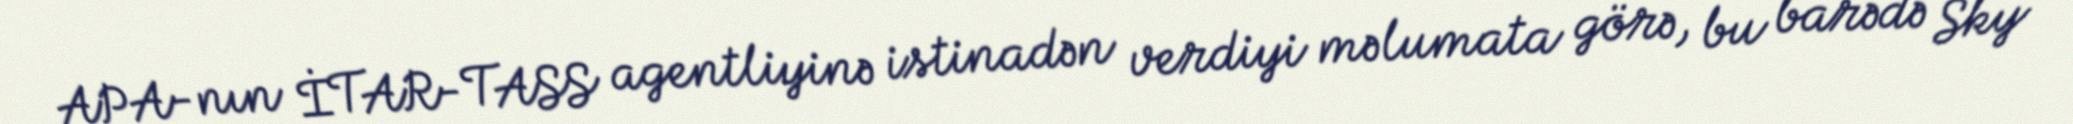
APA-nın İTAR-TASS agentliyinə istinadən verdiyi məlumata görə, bu barədə Sky